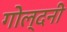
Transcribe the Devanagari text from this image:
गोल्दनी